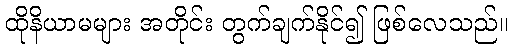
ထိုနိယာမများ အတိုင်း တွက်ချက်နိုင်၍ ဖြစ်လေသည်။